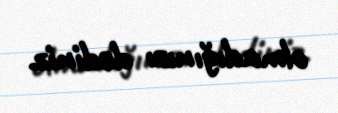
olmadığınızı dediniz.